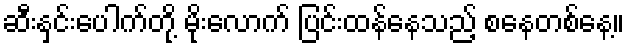
ဆီးနှင်းပေါက်တို့ မိုးလောက် ပြင်းထန်နေသည့် စနေတစ်နေ့။